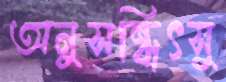
অনুসন্ধিৎসু